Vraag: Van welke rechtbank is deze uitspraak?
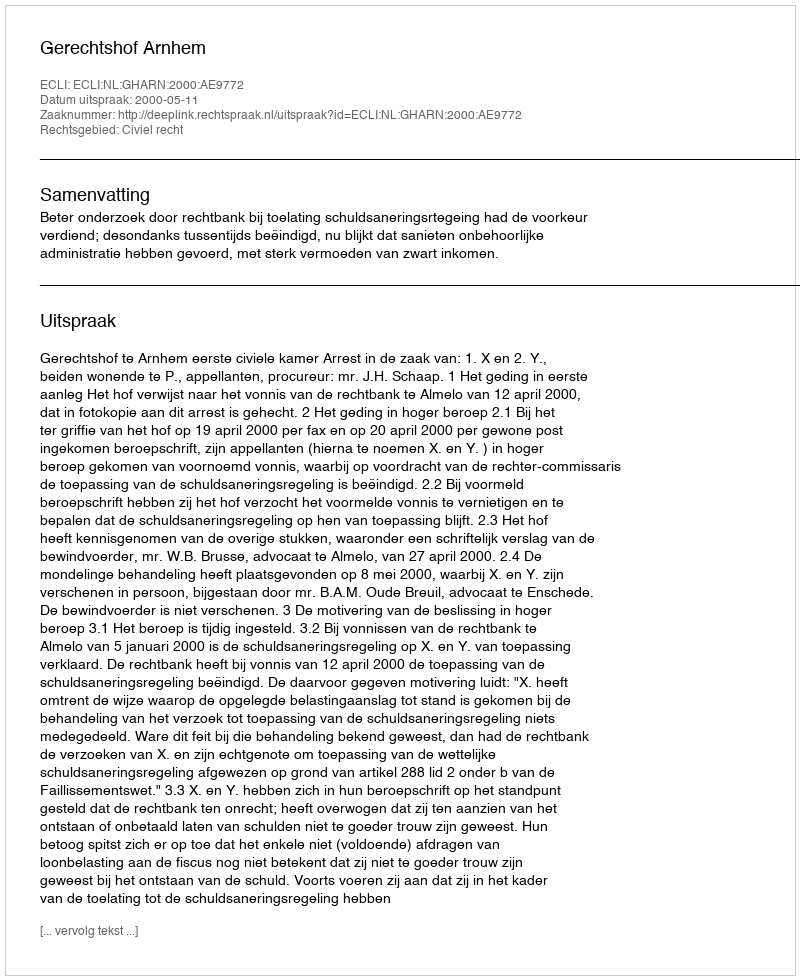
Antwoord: Gerechtshof Arnhem